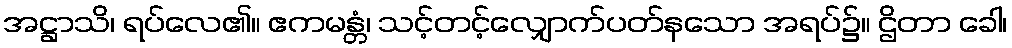
အဋ္ဌာသိ၊ ရပ်လေ၏။ ဧကမန္တံ၊ သင့်တင့်လျှောက်ပတ်နသော အရပ်၌။ ဌိတာ ခေါ၊